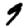
Digit: 9